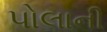
પોલાની